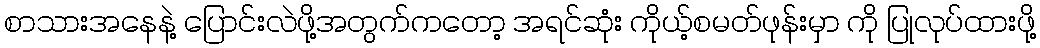
စာသားအနေနဲ့ ပြောင်းလဲဖို့အတွက်ကတော့ အရင်ဆုံး ကိုယ့်စမတ်ဖုန်းမှာ ကို ပြုလုပ်ထားဖို့